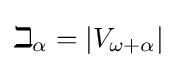
\beth _{\alpha }=|V_{\omega +\alpha }|